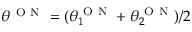
\theta ^ { \mathrm { ~ O ~ N ~ } } = ( \theta _ { 1 } ^ { \mathrm { ~ O ~ N ~ } } + \theta _ { 2 } ^ { \mathrm { ~ O ~ N ~ } } ) / 2